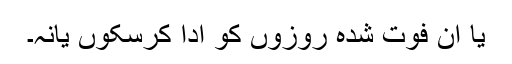
یا ان فوت شدہ روزوں کو ادا کرسکوں یانہ۔